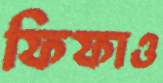
ফিফাও